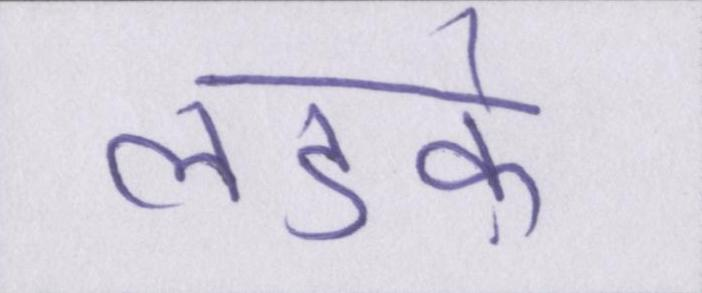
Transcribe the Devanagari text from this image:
लडक़े